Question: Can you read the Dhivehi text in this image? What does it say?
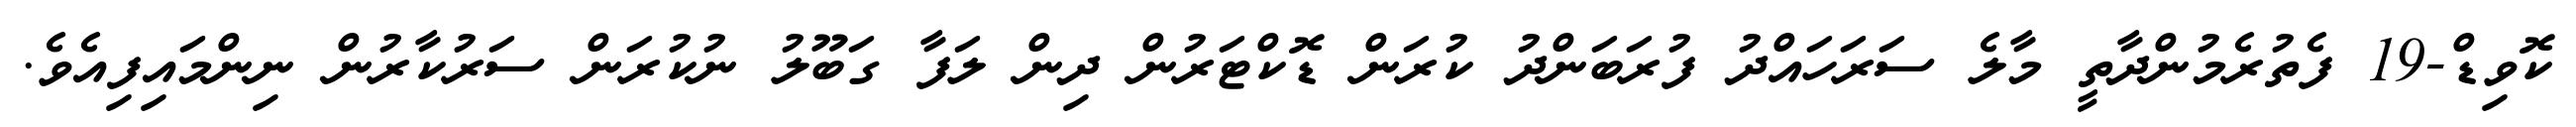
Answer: ކޮވިޑް-19 ފެތުރެމުންދާތީ މާލެ ސަރަހައްދު ފުރަބަންދު ކުރަން ޑޮކްޓަރުން ދިން ލަފާ ގަބޫލު ނުކުރަން ސަރުކާރުން ނިންމައިފިއެވެ.